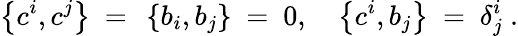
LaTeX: \left\{ c^{i},c^{j}\right\} \ =\ \left\{ b_{i},b_{j}\right\} \ =\ 0,\quad\left\{ c^{i},b_{j}\right\} \ =\ \delta_{j}^{i}\ .